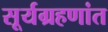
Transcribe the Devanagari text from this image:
सूर्यग्रहणांत